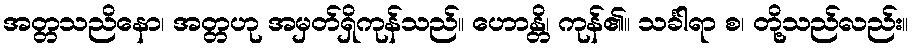
အတ္တသညိနော၊ အတ္တဟု အမှတ်ရှိကုန်သည်။ ဟောန္တိ၊ ကုန်၏။ သင်္ခါရာ စ၊ တို့သည်လည်း။